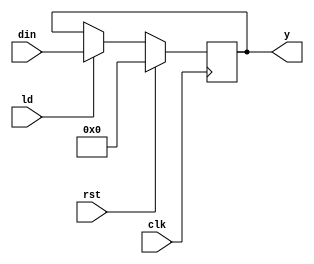
// Register
module register(clk,rst,din,ld,y);
	input clk,rst,ld;
	input [7:0] din;
	output reg [7:0] y;
	always @(posedge clk)
		begin
			if(rst)
				y <= 8'b0;
			else if(ld)
				y <= din;
		end
endmodule